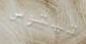
تيتوس